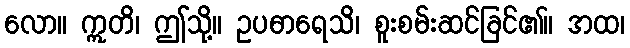
လော။ ဣတိ၊ ဤသို့။ ဥပဓာရေသိ၊ စူးစမ်းဆင်ခြင်၏။ အထ၊